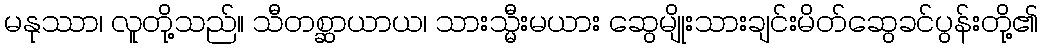
မနုဿာ၊ လူတို့သည်။ သီတစ္ဆာယာယ၊ သားသ္မီးမယား ဆွေမျိုးသားချင်းမိတ်ဆွေခင်ပွန်းတို့၏